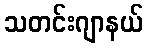
သတင်းဂျာနယ်